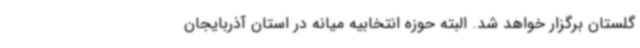
گلستان برگزار خواهد شد. البته حوزه انتخابیه میانه در استان آذربایجان